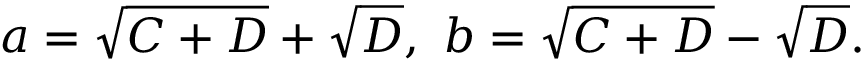
a = \sqrt { C + D } + \sqrt { D } , \ b = \sqrt { C + D } - \sqrt { D } .